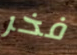
فخر